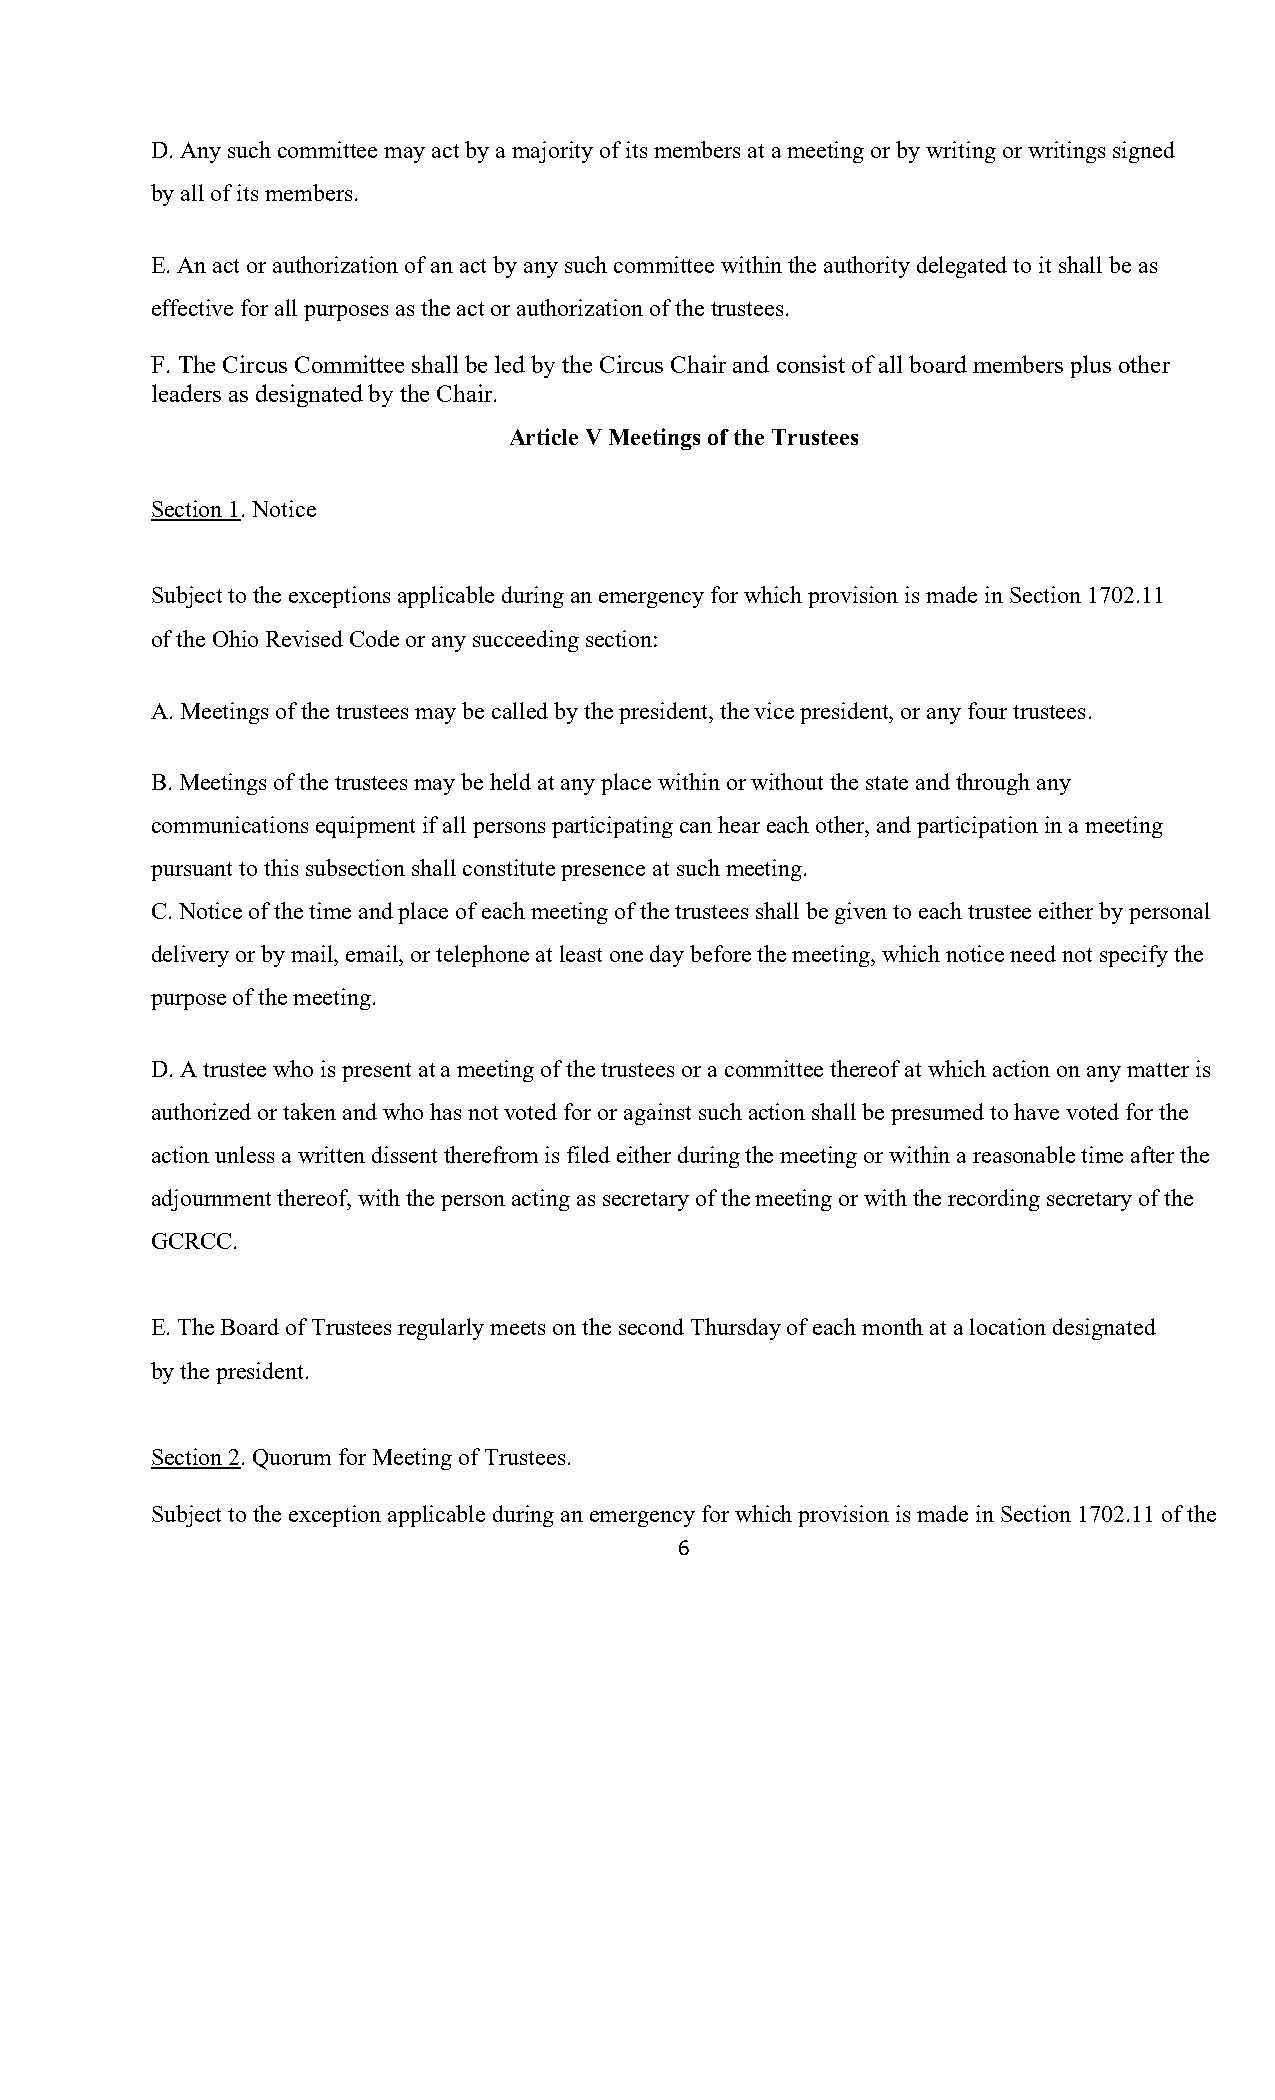
D. Any such committee may act by a majority of its members at a meeting or by writing or writings signed
 by all of its members.
 E. An act or authorization of an act by any such committee within the authority delegated to it shall be as
 effective for all purposes as the act or authorization of the trustees.
 F. The Circus Committee shall be led by the Circus Chair and consist of all board members plus other
 leaders as designated by the Chair.
 Article V Meetings of the Trustees
 Section 1. Notice
 Subject to the exceptions applicable during an emergency for which provision is made in Section 1702.11
 of the Ohio Revised Code or any succeeding section:
 A. Meetings of the trustees may be called by the president, the vice president, or any four trustees.
 B. Meetings of the trustees may be held at any place within or without the state and through any
 communications equipment if all persons participating can hear each other, and participation in a meeting
 pursuant to this subsection shall constitute presence at such meeting.
 C. Notice of the time and place of each meeting of the trustees shall be given to each trustee either by personal
 delivery or by mail, email, or telephone at least one day before the meeting, which notice need not specify the
 purpose of the meeting.
 D. A trustee who is present at a meeting of the trustees or a committee thereof at which action on any matter is
 authorized or taken and who has not voted for or against such action shall be presumed to have voted for the
 action unless a written dissent therefrom is filed either during the meeting or within a reasonable time after the
 adjournment thereof, with the person acting as secretary of the meeting or with the recording secretary of the
 GCRCC.
 E. The Board of Trustees regularly meets on the second Thursday of each month at a location designated
 by the president.
 Section 2. Quorum for Meeting of Trustees.
 Subject to the exception applicable during an emergency for which provision is made in Section 1702.11 of the
 6